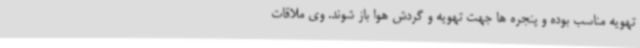
تهویه مناسب بوده و پنجره ها جهت تهویه و گردش هوا باز شوند. وی ملاقات